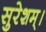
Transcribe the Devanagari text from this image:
सुरेशम्।